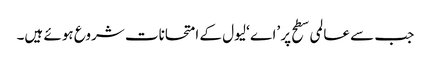
جب سے عالمی سطح پر ’اے ‘لیول کے امتحانات شروع ہوئے ہیں۔